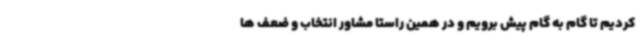
کردیم تا گام به گام پیش برویم و در همین راستا مشاور انتخاب و ضعف ها